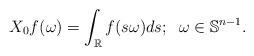
LaTeX: \begin{align*}X_0f(\omega)=\int_{\mathbb{R}}f(s\omega)ds; \;\;\omega\in\mathbb{S}^{n-1}.\end{align*}